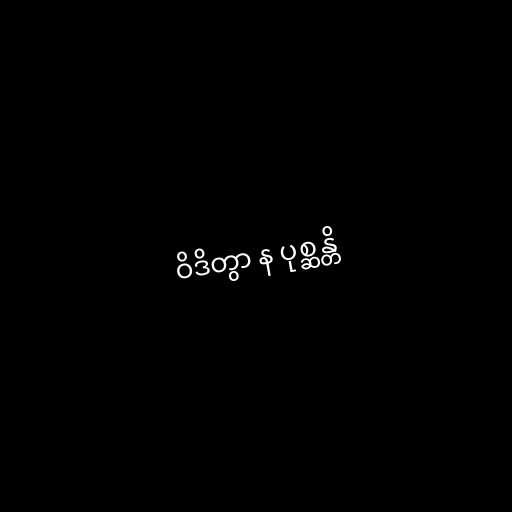
ဝိဒိတွာ န ပုစ္ဆန္တိ